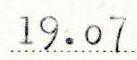
19.07